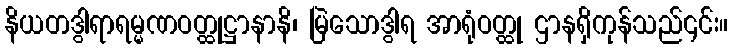
နိယတဒွါရာရမ္မဏဝတ္ထုဋ္ဌာနာနိ၊ မြဲသောဒွါရ အာရုံဝတ္ထု ဌာနရှိကုန်သည်၎င်း။